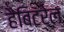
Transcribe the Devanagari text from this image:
हैबिटरेल